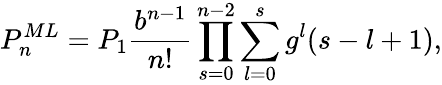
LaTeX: P_{n}^{ML}=P_{1}\frac{b^{n-1}}{n!}\prod_{s=0}^{n-2}\sum_{l=0}^{s}g^{l}(s-l+1),